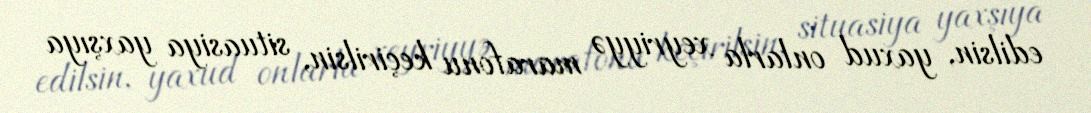
edilsin, yaxud onlarla xeyriyyə marafonu keçirilsin, situasiya yaxşıya